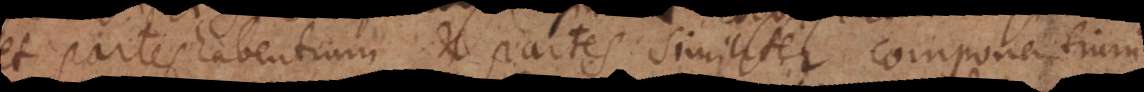
es habentium et partes similiter componentium.